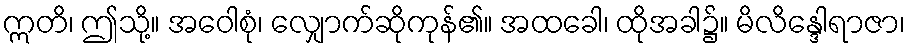
ဣတိ၊ ဤသို့။ အဝေါစုံ၊ လျှောက်ဆိုကုန်၏။ အထခေါ၊ ထိုအခါ၌။ မိလိန္ဒေါရာဇာ၊